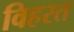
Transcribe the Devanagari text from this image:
विहरत